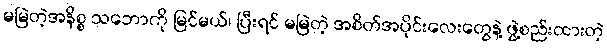
မမြဲတဲ့အနိစ္စ သဘောကို မြင်မယ်၊ ပြီးရင် မမြဲတဲ့ အစိတ်အပိုင်းလေးတွေနဲ့ ဖွဲ့စည်းထားတဲ့